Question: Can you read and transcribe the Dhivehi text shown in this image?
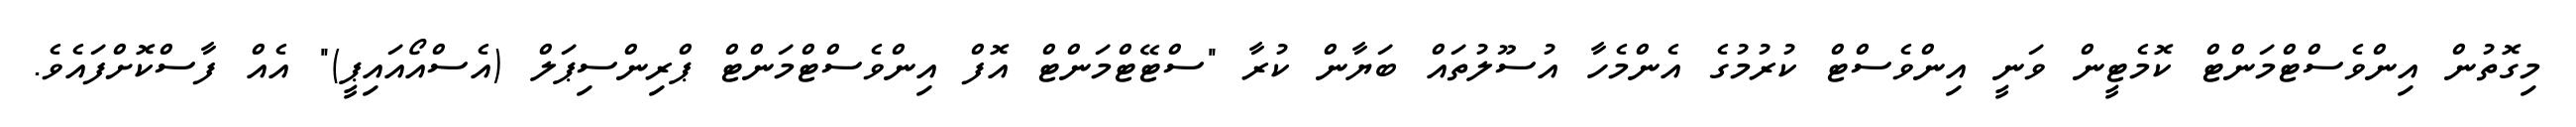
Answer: މިގޮތުން އިންވެސްޓްމަންޓް ކޮމެޓީން ވަނީ އިންވެސްޓް ކުރުމުގެ އެންމެހާ އުސޫލުތައް ބަޔާން ކުރާ "ސްޓޭޓްމަންޓް އޮފް އިންވެސްޓްމަންޓް ޕްރިންސިޕަލް (އެސްއޯއައިޕީ)" އެއް ފާސްކޮށްފައެވެ.